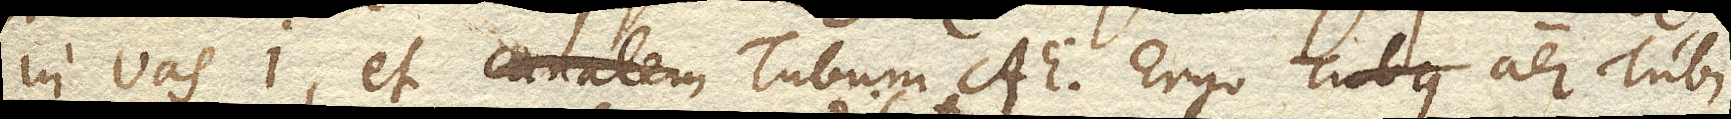
in vas I. et canalem Tubum AE. Ergo aer Tubi